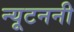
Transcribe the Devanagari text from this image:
न्यूटननी